Annual returns of the Patna Lunatic Asylum at Bankipore in Bihar and Orissa - 1912-1924
Year: 1912
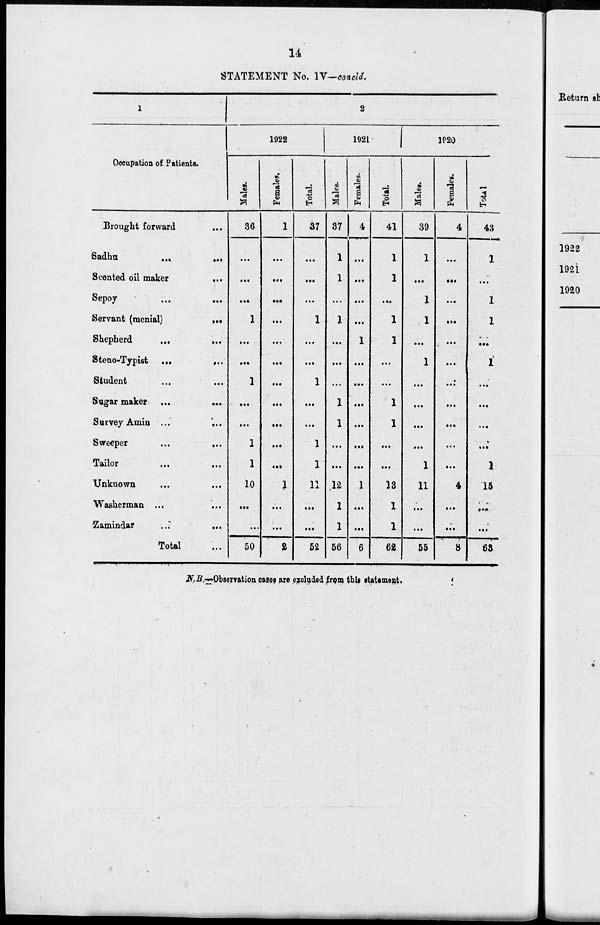
14
STATEMENT No. IV—concld.
1
Occupation of Patients.
Brought forward ...
Sadhu
... ...
Scented oil maker
...
Sepoy ... ...
Servant (menial)
...
Shepherd ... ...
Steno-Typist ...
...
Student ... ...
Sugar maker ... ...
Survey Amin ... ...
Sweeper
...
...
Tailor ... ...
Unknown ... ...
Washerman ... ...
Zamindar
...
...
Total ...
2
1922
Males.
36
...
...
...
1
...
...
1
...
...
1
1
10
...
...
50
Females.
1
...
...
...
...
...
...
...
...
...
...
...
1
...
...
2
Total.
37
...
...
...
1
...
...
1
...
...
1
1
11
...
...
52
1921
Males.
37
1
1
...
1
...
...
...
1
1
...
...
12
1
1
56
Females.
4
...
...
...
...
1
...
...
...
...
...
...
1
...
...
6
Total.
41
1
1
...
1
1
...
...
1
1
...
...
13
1
1
62
1920
Males.
39
1
...
1
1
...
1
...
...
...
...
1
11
...
...
55
Females.
4
...
...
...
...
...
...
...
...
...
...
...
4
...
...
8
Total.
43
1
...
1
1
...
1
...
...
...
...
1
15
...
...
63
N.B.—Observation cases are excluded from this statement.